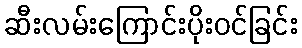
ဆီးလမ်းကြောင်းပိုးဝင်ခြင်း